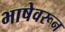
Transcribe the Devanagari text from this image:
भाषेवरून